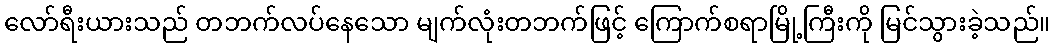
လော်ရီးယားသည် တဘက်လပ်နေသော မျက်လုံးတဘက်ဖြင့် ကြောက်စရာမြို့ကြီးကို မြင်သွားခဲ့သည်။